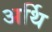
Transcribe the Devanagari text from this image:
अर्थि